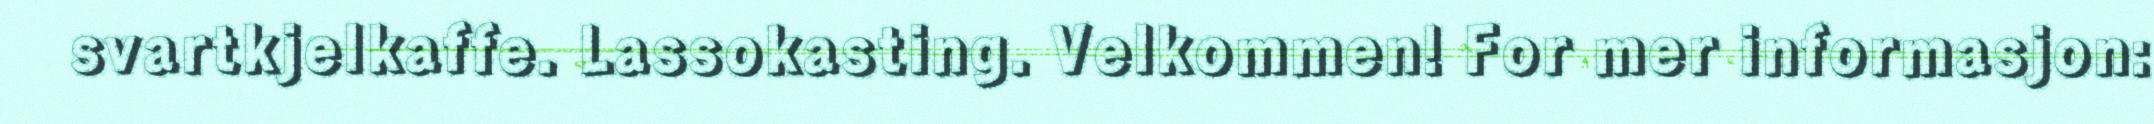
svartkjelkaffe. Lassokasting. Velkommen! For mer informasjon: